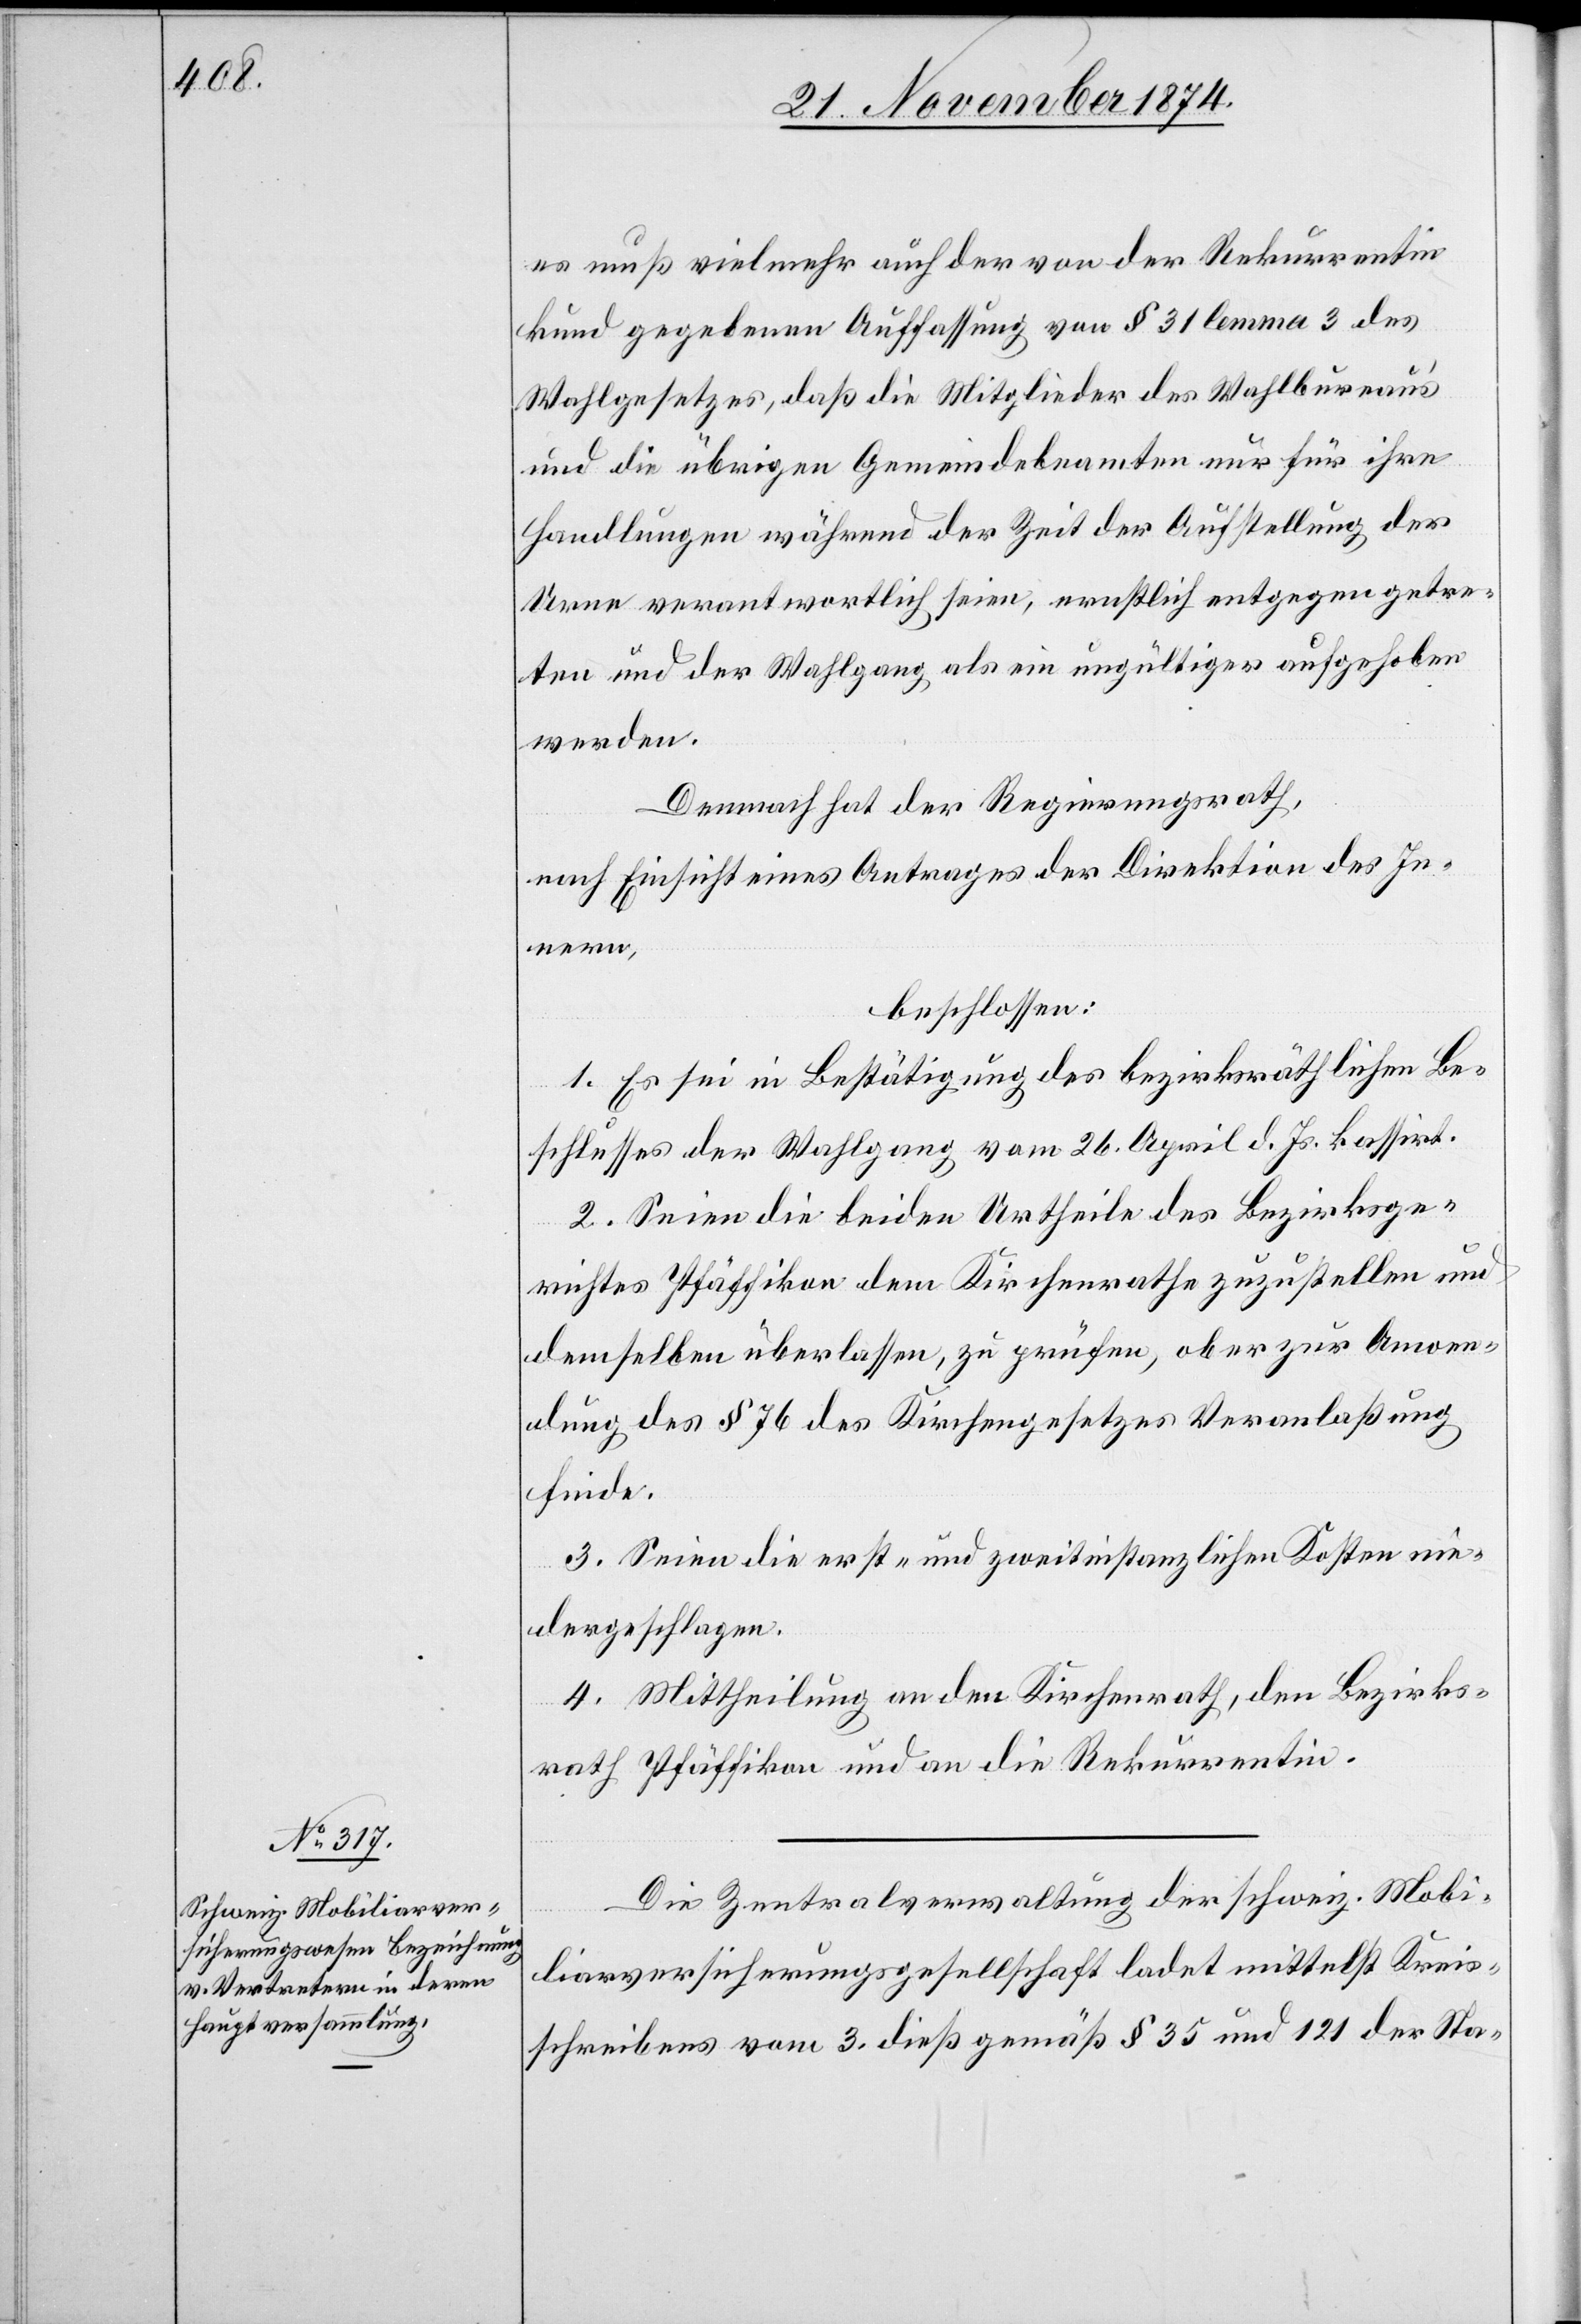
es muß vielmehr auch der von der Rekurrentin
kund gegebenen Auffassung von § 31 lemma 3 des
Wahlgesetzes, daß die Mitglieder des Wahlbureau’s
und die übrigen Gemeindebeamten nur für ihre
Handlungen während der Zeit der Aufstellung der
Urne verantwortlich seien, ernstlich entgegengetre¬
ten und der Wahlgang als ein ungültiger aufgehoben
werden.
Demnach hat der Regierungsrath,
nach Einsicht eines Antrages der Direktion des In¬
nern,
beschlossen:
1. Es sei in Bestätigung des bezirksräthlichen Be¬
schlusses der Wahlgang vom 26. April d. Js. kassirt.
2. Seien die beiden Urtheile des Bezirksge¬
richtes Pfäffikon dem Kirchenrathe zuzustellen und
demselben überlassen, zu prüfen, ob er zur Anwen¬
dung des § 76 des Kirchengesetzes Veranlaßung
finde.
3. Seien die erst- und zweitinstanzlichen Kosten nie¬
dergeschlagen.
4. Mittheilung an den Kirchenrath, den Bezirks¬
rath Pfäffikon und an die Rekurrentin.
Die Zentralverwaltung der schweiz. Mobi¬
liarversicherungsgesellschaft ladet mittelst Kreis¬
schreiben vom 3. dieß gemäß § 35 und 121 der Sta-